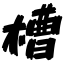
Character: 槽